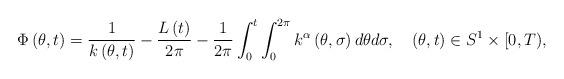
LaTeX: \begin{align*}\Phi\left( \theta,t\right) =\frac{1}{k\left( \theta,t\right) }-\frac{L\left( t\right) }{2\pi}-\frac{1}{2\pi}\int_{0}^{t}\int_{0}^{2\pi}k^{\alpha}\left( \theta,\sigma\right) d\theta d\sigma,\ \ \ \left(\theta,t\right) \in S^{1}\times\lbrack0,T),\end{align*}